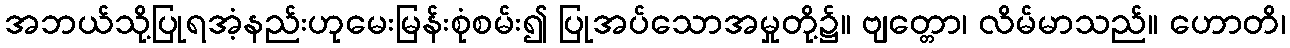
အဘယ်သို့ပြုရအံ့နည်းဟုမေးမြန်းစုံစမ်း၍ ပြုအပ်သောအမှုတို့၌။ ဗျတ္တော၊ လိမ်မာသည်။ ဟောတိ၊